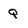
Character: Q